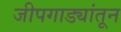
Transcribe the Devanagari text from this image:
जीपगाड्यांतून